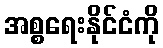
အစ္စရေးနိုင်ငံကို